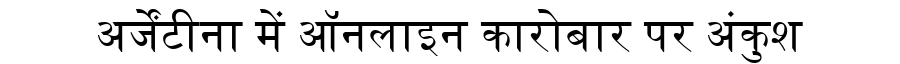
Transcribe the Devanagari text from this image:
अर्जेंटीना में ऑनलाइन कारोबार पर अंकुश